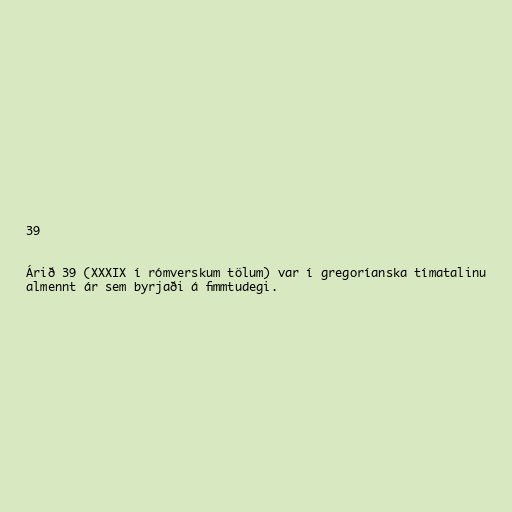
39

Árið 39 (XXXIX í rómverskum tölum) var í gregoríanska tímatalinu
almennt ár sem byrjaði á fimmtudegi.